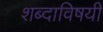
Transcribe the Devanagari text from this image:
शब्दाविषयी